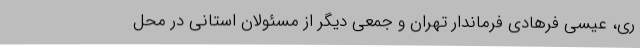
ری، عیسی فرهادی فرماندار تهران و جمعی دیگر از مسئولان استانی در محل